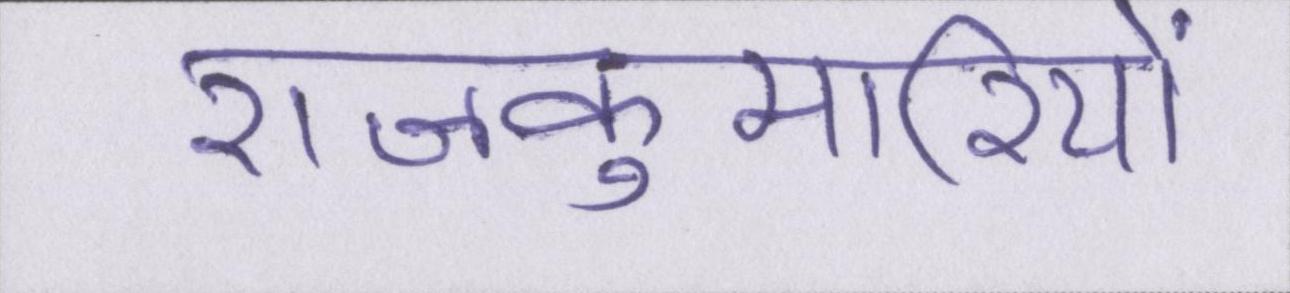
राजकुमारियों